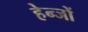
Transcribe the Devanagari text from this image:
हेन्जों